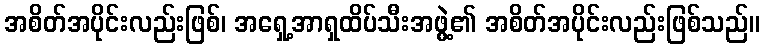
အစိတ်အပိုင်းလည်းဖြစ်၊ အရှေ့အာရှထိပ်သီးအဖွဲ့၏ အစိတ်အပိုင်းလည်းဖြစ်သည်။